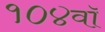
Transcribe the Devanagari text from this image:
१०४वॉ